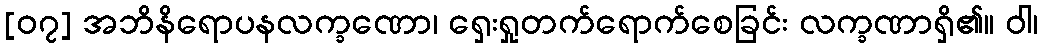
[၀၇] အဘိနိရောပနလက္ခဏော၊ ရှေးရှုတက်ရောက်စေခြင်း လက္ခဏာရှိ၏။ ဝါ၊